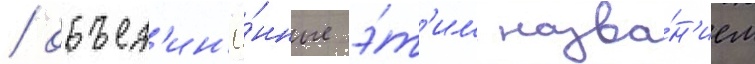
/ объед'ин'ё́нные э́т'им назва́н'ием